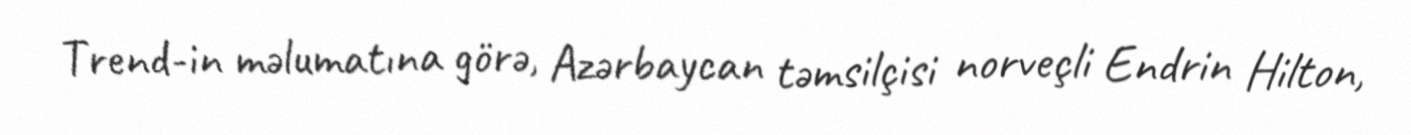
Trend-in məlumatına görə, Azərbaycan təmsilçisi norveçli Endrin Hilton,